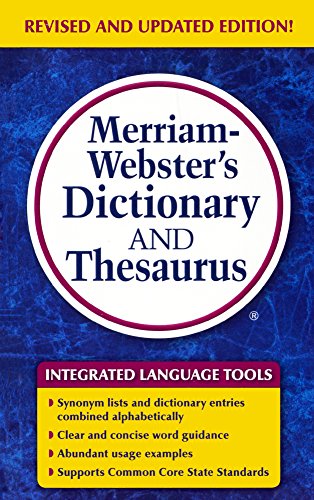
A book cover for Merriam-Webster's Dictionary and Thesaurus (Turtleback School & Library Binding Edition); Eds. Merriam-Webster; Reference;